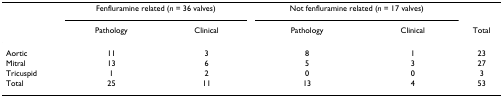
<table><thead><tr><td></td><td colspan="2"><b>Fenfluramine related (<i>n </i>= 36 valves)</b></td><td colspan="2"><b>Not fenfluramine related (<i>n </i>= 17 valves)</b></td><td></td></tr><tr><td></td><td><b>Pathology</b></td><td><b>Clinical</b></td><td><b>Pathology</b></td><td><b>Clinical</b></td><td><b>Total</b></td></tr></thead><tbody><tr><td>Aortic</td><td>11</td><td>3</td><td>8</td><td>1</td><td>23</td></tr><tr><td>Mitral</td><td>13</td><td>6</td><td>5</td><td>3</td><td>27</td></tr><tr><td>Tricuspid</td><td>1</td><td>2</td><td>0</td><td>0</td><td>3</td></tr><tr><td>Total</td><td>25</td><td>11</td><td>13</td><td>4</td><td>53</td></tr></tbody></table>